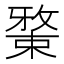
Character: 𱤉